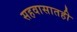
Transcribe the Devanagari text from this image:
सहवासातही